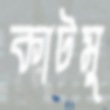
কাটমু